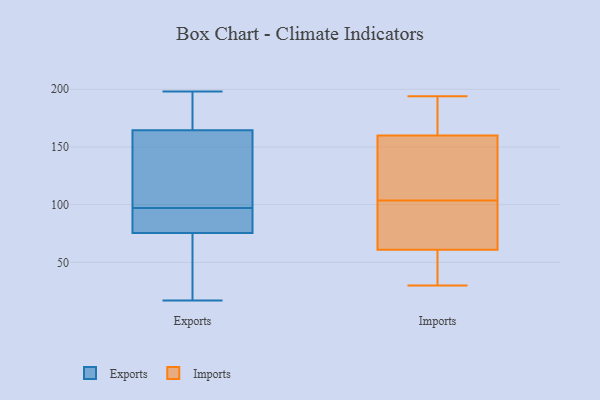
{"axis": {"x": "Active Users", "y": "Value"}, "legend": ["Exports", "Imports"], "data": [{"x": "", "y": 56, "type": "Exports"}, {"x": "", "y": 94, "type": "Exports"}, {"x": "", "y": 86, "type": "Exports"}, {"x": "", "y": 94, "type": "Exports"}, {"x": "", "y": 72, "type": "Exports"}, {"x": "", "y": 97, "type": "Exports"}, {"x": "", "y": 142, "type": "Exports"}, {"x": "", "y": 182, "type": "Exports"}, {"x": "", "y": 17, "type": "Exports"}, {"x": "", "y": 186, "type": "Exports"}, {"x": "", "y": 198, "type": "Exports"}, {"x": "", "y": 22, "type": "Exports"}, {"x": "", "y": 125, "type": "Exports"}, {"x": "", "y": 172, "type": "Exports"}, {"x": "", "y": 111, "type": "Exports"}, {"x": "", "y": 76, "type": "Imports"}, {"x": "", "y": 34, "type": "Imports"}, {"x": "", "y": 165, "type": "Imports"}, {"x": "", "y": 124, "type": "Imports"}, {"x": "", "y": 181, "type": "Imports"}, {"x": "", "y": 194, "type": "Imports"}, {"x": "", "y": 50, "type": "Imports"}, {"x": "", "y": 169, "type": "Imports"}, {"x": "", "y": 133, "type": "Imports"}, {"x": "", "y": 83, "type": "Imports"}, {"x": "", "y": 30, "type": "Imports"}, {"x": "", "y": 76, "type": "Imports"}, {"x": "", "y": 66, "type": "Imports"}, {"x": "", "y": 134, "type": "Imports"}, {"x": "", "y": 56, "type": "Imports"}, {"x": "", "y": 155, "type": "Imports"}]}